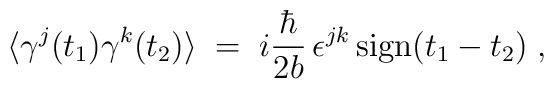
\langle \gamma^j(t_1) \gamma^k(t_2) \rangle \;=\; i \frac{\hbar}{2b} \,\epsilon^{jk}\, {\rm sign}(t_1-t_2) \;,